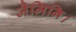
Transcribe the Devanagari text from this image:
जैमिनि।